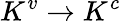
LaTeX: K^{v}\rightarrow K^{c}